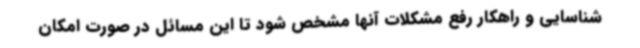
شناسایی و راهکار رفع مشکلات آنها مشخص شود تا این مسائل در صورت امکان